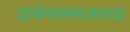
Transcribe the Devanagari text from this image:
प्रार्थनासमाजाच्या